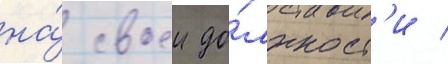
на́ своеи до́лжност'и /